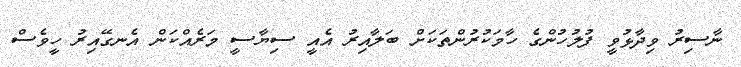
ނާސިރު ވިދާޅުވީ ފުލުހުންގެ ހާމަކުރުންތަކަށް ބަލާއިރު އެއީ ސިޔާސީ މަރެއްކަން އެނގޭއިރު ހީވެސް